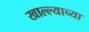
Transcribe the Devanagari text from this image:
खाल्ल्याच्या